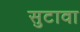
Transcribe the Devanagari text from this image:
सुटावा